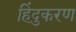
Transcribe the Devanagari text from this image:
हिंदुकरण